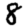
Digit: 8